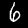
Label: 6